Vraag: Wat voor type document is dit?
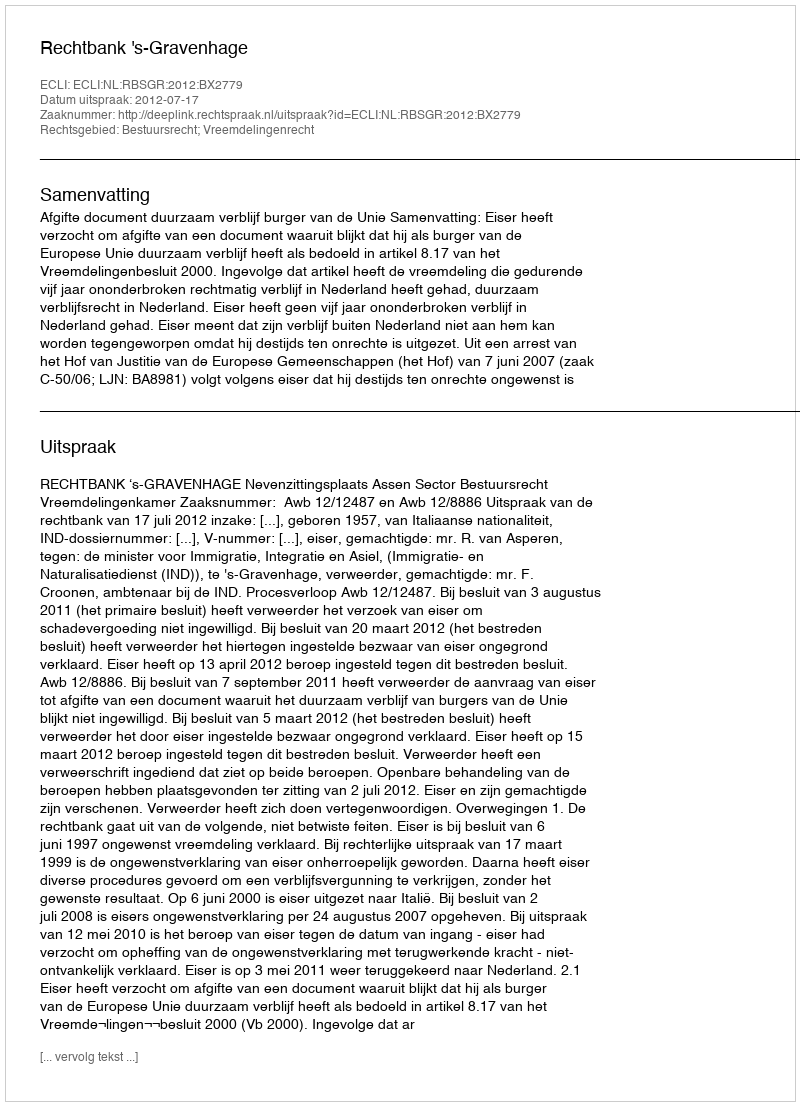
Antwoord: Uitspraak